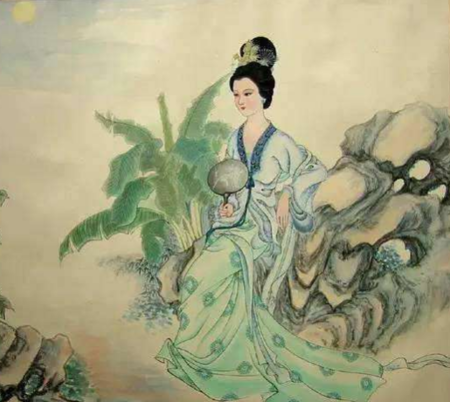
斑骓只系垂杨岸，何处西南任好风。